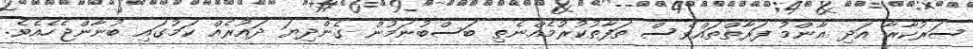
ސަރުކާރާ އަދި އާންމު ފަރާތްތައްވެސް ތަފާތުކުރުމެއްނެތި ބަސްބުނަމުން ގެންދިޔަ ދައުރެއް ކަމުގައި ބުނާންޖެހެއެވެ.